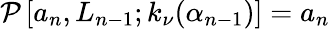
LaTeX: \mathcal{P}\left[a_{n},L_{n-1};k_{\nu}(\alpha_{n-1})\right]=a_{n}